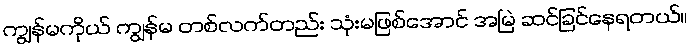
ကျွန်မကိုယ် ကျွန်မ တစ်လက်တည်း သုံးမဖြစ်အောင် အမြဲ ဆင်ခြင်နေရတယ်။